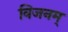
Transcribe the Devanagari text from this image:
विजनम्